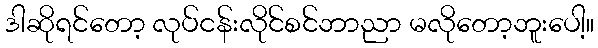
ဒါဆိုရင်တော့ လုပ်ငန်းလိုင်စင်ဘာညာ မလိုတော့ဘူးပေါ့။